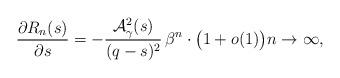
LaTeX: \begin{align*} {\frac{\partial{R_n(s)}}{\partial{s}}} = -{\frac{\mathcal{A}^{2}_{\gamma}(s)}{(q-s)^{2}}} \, \beta^n \cdot \bigl({1+o(1)}\bigr) n\to\infty,\end{align*}